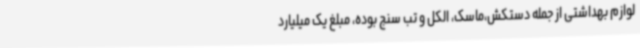
لوازم بهداشتی از جمله دستکش،ماسک، الکل و تب سنج بوده، مبلغ یک میلیارد